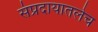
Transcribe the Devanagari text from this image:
संप्रदायातलेच